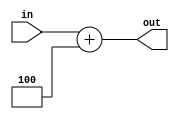
`timescale 1ns / 1ps

module adder_4 #(parameter size = 32)(
    input [size-1:0] in,
    output [size-1:0] out);
    
    assign out = in + 3'b100;
endmodule